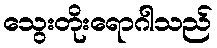
သွေးတိုးရောဂါသည်